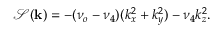
\mathcal { S } ( \mathbf { k } ) = - ( \nu _ { o } - \nu _ { 4 } ) ( k _ { x } ^ { 2 } + k _ { y } ^ { 2 } ) - \nu _ { 4 } k _ { z } ^ { 2 } .